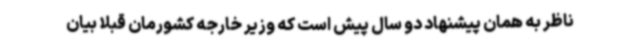
ناظر به همان پیشنهاد دو سال پیش است که وزیر خارجه کشورمان قبلاً بیان